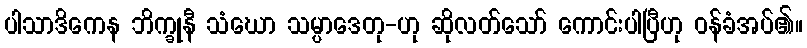
ပါသာဒိကေန ဘိက္ခုနီ သံဃော သမ္ပာဒေတု-ဟု ဆိုလတ်သော် ကောင်းပါပြီဟု ဝန်ခံအပ်၏။